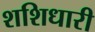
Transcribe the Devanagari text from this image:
शशिधारी